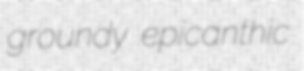
groundy epicanthic